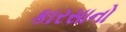
કારસાનો